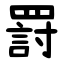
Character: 罸